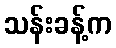
သန်းခန့်က